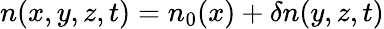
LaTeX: n(x,y,z,t)=n_{0}(x)+\delta n(y,z,t)